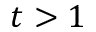
t > 1